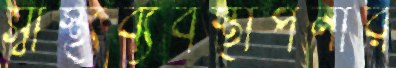
স্বাস্থ্যব্যবস্থাপনার